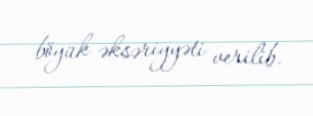
böyük əksəriyyəti verilib.